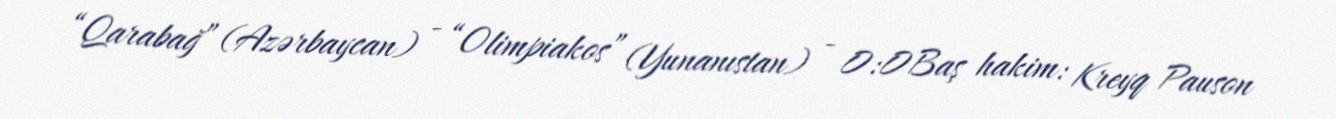
“Qarabağ” (Azərbaycan) - “Olimpiakos” (Yunanıstan) - 0:0Baş hakim: Kreyq Pauson